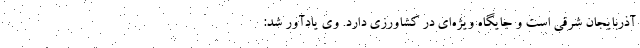
آذربایجان شرقی است و جایگاه ویژه‌ای در کشاورزی دارد. وی یادآور شد: